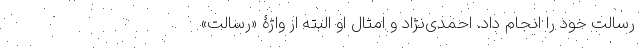
رسالت خود را انجام داد. احمدی‌نژاد و امثال او البته از واژۀ «رسالت»